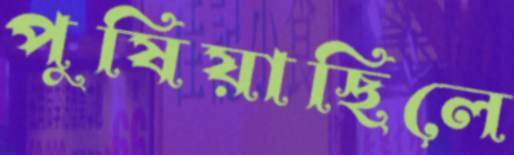
পুষিয়াছিলে